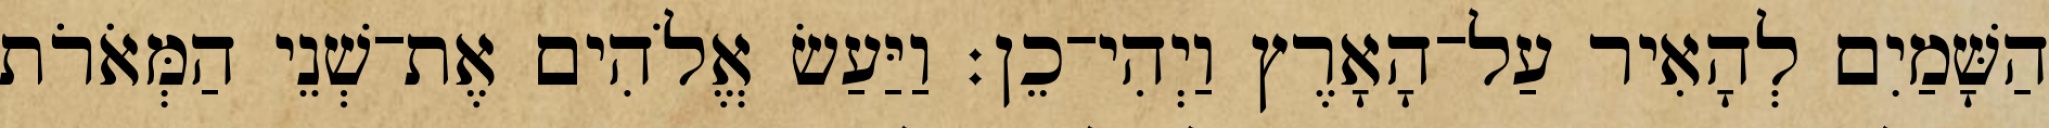
הַשָּׁמַיִם לְהָאִיר עַל־הָאָרֶץ וַיְהִי־כֵן׃ וַיַּעַשׂ אֱלֹהִים אֶת־שְׁנֵי הַמְּאֹרֹת